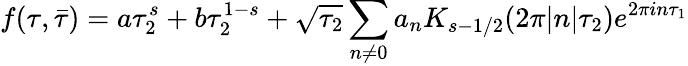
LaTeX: f(\tau,\bar{\tau})=a\tau_{2}^{s}+b\tau_{2}^{1-s}+\sqrt{\tau_{2}}\sum_{n\ne 0}a_{n}K_{s-1/2}(2\pi|n|\tau_{2})e^{2\pi in\tau_{1}}